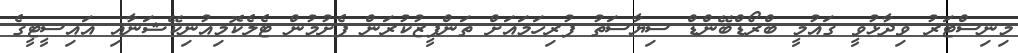
މިނިސްޓަރު ވިދާޅުވީ ގައުމީ ބްރޯޑްބޭންޑް ސިޔާސަތު ފުރިހަމައަށް ތަންފީޒުކުރަން ފެށުމުން ޓެލެކޮމިއުނިކޭޝަނާއި އައިސީޓީގެ